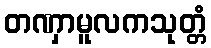
တဏှာမူလကသုတ္တံ